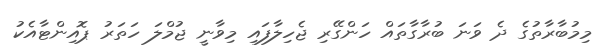
މިމުބާރާތުގެ ދެ ވަނަ ބުރާގާތައް ހަންގޭރި ޖެހިލާފައި މިވާނީ ޖުމްލަ ހަތަރު ޕޮއިންޓާއެކު